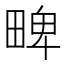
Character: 㽡